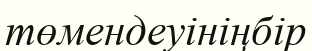
төмендеуініңбір